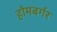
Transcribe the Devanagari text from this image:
होमबर्गर